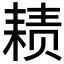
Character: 𱻴